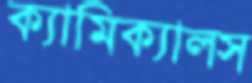
ক্যামিক্যালস